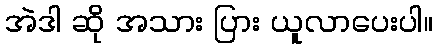
အဲဒါ ဆို အသား ပြား ယူလာပေးပါ။